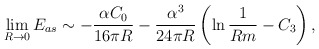
\begin{align*}\lim_{R\rightarrow 0} E_{as}\sim -\frac{\alpha C_0}{16\pi R}-\frac{\alpha^3}{24\pi R}\left(\ln\frac{1}{Rm}-C_3\right),\end{align*}